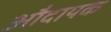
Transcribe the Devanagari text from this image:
औदायक